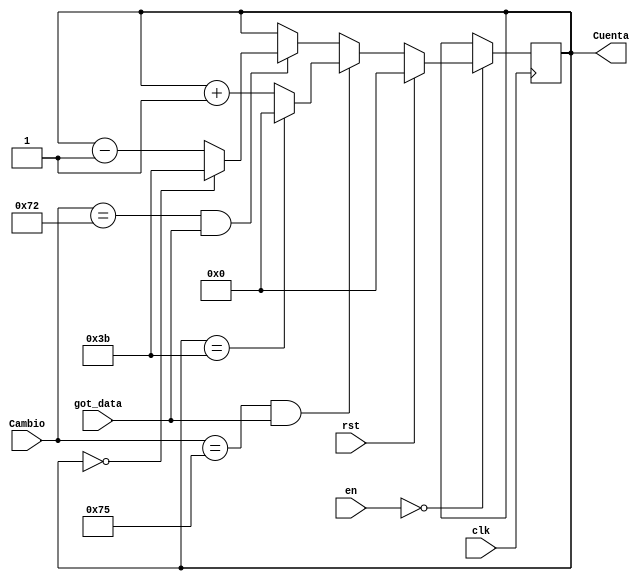
module Contador_AD(
    input rst,
	 input [1:0] en,
    input [7:0] Cambio,
	 input got_data,
    input clk,
    output reg [(N-1):0] Cuenta
    );
	
	 
	 parameter N = 6;
	 parameter X = 59;

    always @(posedge clk)
	 if (en == 2'd0)
	 begin 
       if (rst)
         Cuenta <= 0;
       else if (Cambio == 8'h75 && got_data)
				  begin
				     if (Cuenta == X)
						   Cuenta <= 0;
					  else 
						   Cuenta <= Cuenta + 1'd1;
				  end
				else if (Cambio == 8'h72 && got_data)
					  begin
				        if (Cuenta == 0)
						     Cuenta <= X;
					     else 
						     Cuenta <= Cuenta - 1'd1;
				     end
					  else 
					     Cuenta <= Cuenta;
	 end
	 else Cuenta <= Cuenta;
endmodule